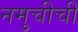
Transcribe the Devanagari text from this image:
नमुचीची